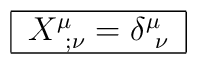
\begin{tabular}{|c|} \hline $ X^\mu_{\ ;\nu} = \delta^\mu_{\ \nu} $ \\ \hline\end{tabular}